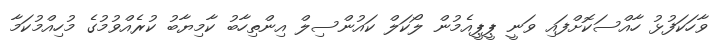
ވާހަކަފުޅު ހާއްސަކޮށްފައި ވަނީ ޕީޕީއެމުން ލޯކަލް ކައުންސިލް އިންތިހާބު ކާމިޔާބު ކުރެއްވުމުގެ މުހިއްމުކަމާ